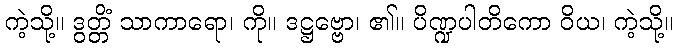
ကဲ့သို့။ ဒွတ္တိံ သာကာရော၊ ကို။ ဒဋ္ဌဗ္ဗော၊ ၏။ ပိဏ္ဍပါတိကော ဝိယ၊ ကဲ့သို့။